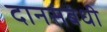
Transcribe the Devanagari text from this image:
दानसंबंधी